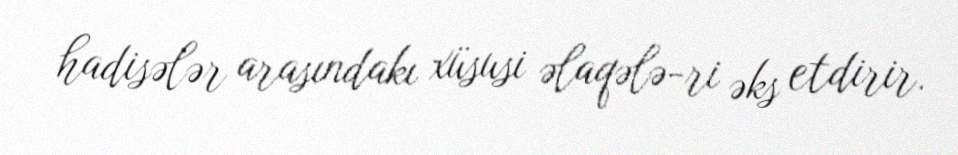
hadisələr arasındakı xüsusi əlaqələ-ri əks etdirir.